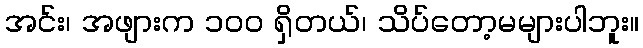
အင်း၊ အဖျားက ၁၀၀ ရှိတယ်၊ သိပ်တော့မများပါဘူး။